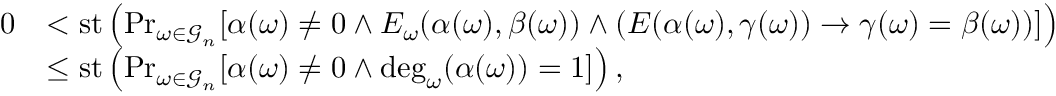
\begin{array} { r l } { 0 } & { < \mathrm { s t } \left( \operatorname* { P r } _ { \omega \in \mathcal { G } _ { n } } [ \alpha ( \omega ) \neq 0 \land E _ { \omega } ( \alpha ( \omega ) , \beta ( \omega ) ) \land ( E ( \alpha ( \omega ) , \gamma ( \omega ) ) \to \gamma ( \omega ) = \beta ( \omega ) ) ] \right) } \\ & { \leq \mathrm { s t } \left( \operatorname* { P r } _ { \omega \in \mathcal { G } _ { n } } [ \alpha ( \omega ) \neq 0 \land \deg _ { \omega } ( \alpha ( \omega ) ) = 1 ] \right) , } \end{array}